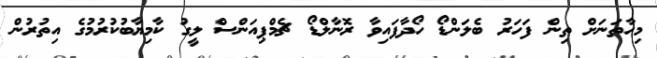
މިހާތަނަށް ތިން ފަހަރު ބެލަންޑޯ ހޯދާފައިވާ ރޮނާލްޑޯ ޗެމްޕިއަންސް ލީގު ކާމިޔާބުކުރުމުގެ އިތުރުން